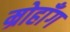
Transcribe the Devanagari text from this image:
म्रोहाँग